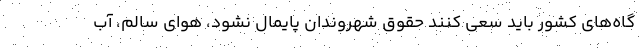
گاه‌های کشور باید سعی کنند حقوق شهروندان پایمال نشود، هوای سالم، آب